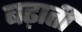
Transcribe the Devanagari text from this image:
बढ़ातीं